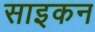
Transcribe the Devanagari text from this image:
साइकन